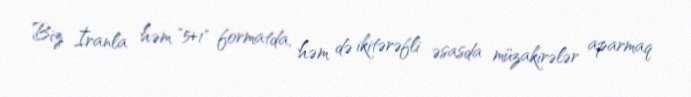
Biz İranla həm "5+1" formatda, həm də ikitərəfli əsasda müzakirələr aparmaq